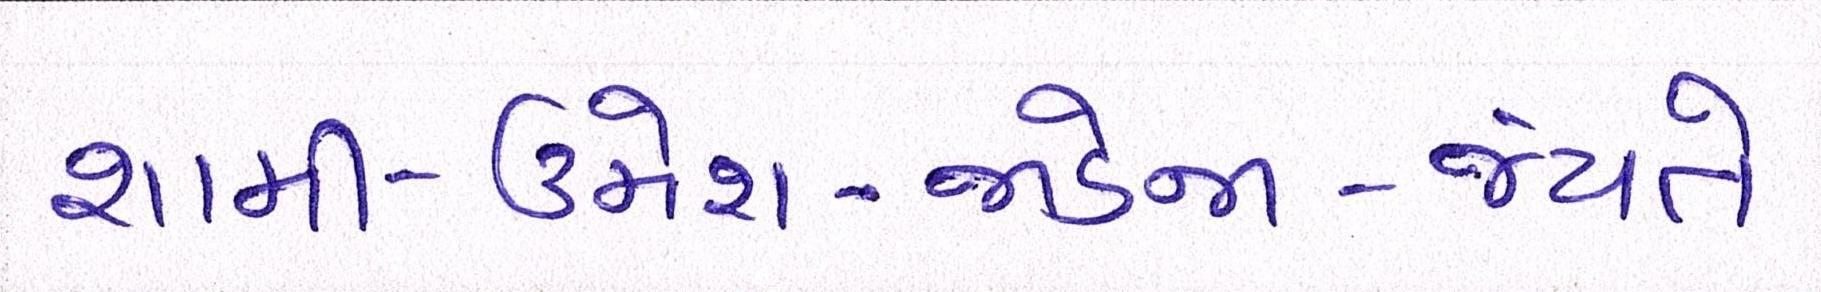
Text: શામી-ઉમેશ-જાડેજા-જયંતે